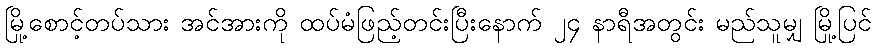
မြို့စောင့်တပ်သား အင်အားကို ထပ်မံဖြည့်တင်းပြီးနောက် ၂၄ နာရီအတွင်း မည်သူမျှ မြို့ပြင်